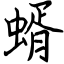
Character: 蝑